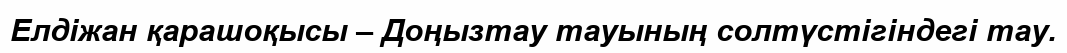
Елдіжан қарашоқысы – Доңызтау тауының солтүстігіндегі тау.